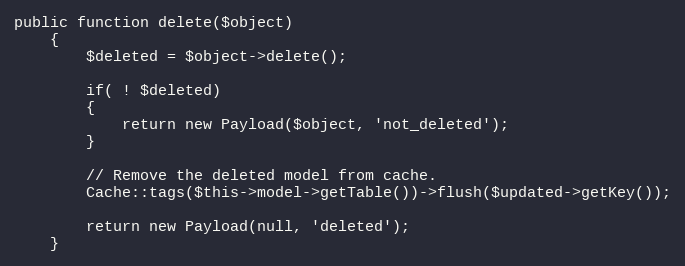
Language: PHP
public function delete($object)
	{
		$deleted = $object->delete();

		if( ! $deleted)
		{
			return new Payload($object, 'not_deleted');
		}

		// Remove the deleted model from cache.
		Cache::tags($this->model->getTable())->flush($updated->getKey());

		return new Payload(null, 'deleted');
	}